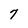
Character: 7